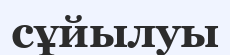
сұйылуы